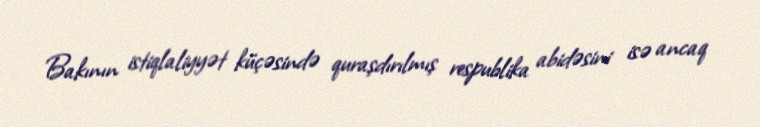
Bakının istiqlaliyyət küçəsində quraşdırılmış respublika abidəsini isə ancaq